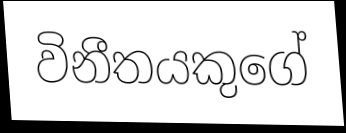
විනීතයකුගේ